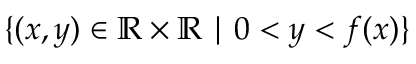
\{ ( x , y ) \in \mathbb { R } \times \mathbb { R } \mid 0 < y < f ( x ) \}